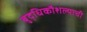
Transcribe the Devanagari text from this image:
बुद्धिकौशल्याची